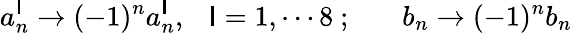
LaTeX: a_{n}^{\mathsf{I}}\rightarrow(-1)^{n}a_{n}^{\mathsf{I}},~~~\mathsf{I}=1,\cdots8~;~~~~~~~b_{n}\rightarrow(-1)^{n}b_{n}